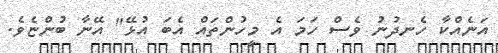
އަނެއްކާ ހެނދުނު ވެސް ހަމަ އެ މީހުންތައް އެބަ އުޅޭ" އޭނާ ބުންޏެވެ.